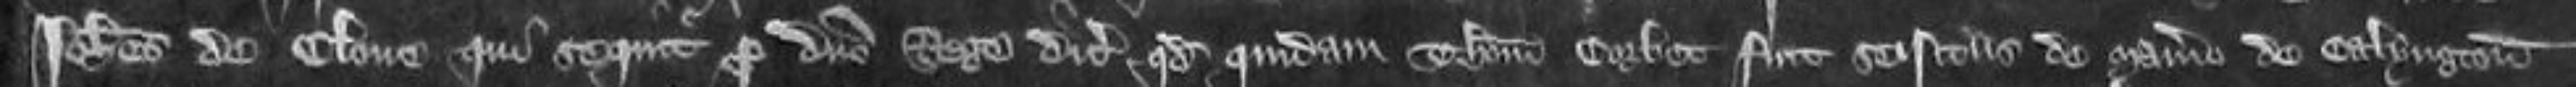
Johannes de Clone qui sequitur pro domino Rege dicit quod quidam Thomas Corbet fuit seisitus de manerio de Calyngton